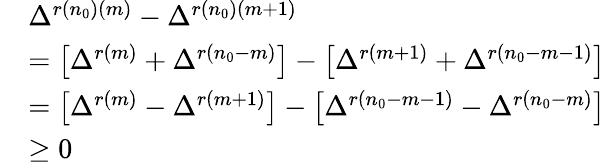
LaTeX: \begin{array}{rl}&{\Delta^{r(n_{0})(m)}-\Delta^{r(n_{0})(m+1)}}\\ &{=\left[\Delta^{r(m)}+\Delta^{r(n_{0}-m)}\right]-\left[\Delta^{r(m+1)}+\Delta^{r(n_{0}-m-1)}\right]}\\ &{=\left[\Delta^{r(m)}-\Delta^{r(m+1)}\right]-\left[\Delta^{r(n_{0}-m-1)}-\Delta^{r(n_{0}-m)}\right]}\\ &{\geq 0}\end{array}